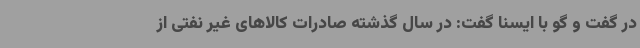
در گفت و گو با ایسنا گفت: در سال گذشته صادرات کالاهای غیر نفتی از